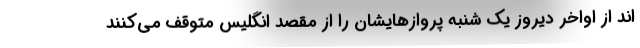
اند از اواخر دیروز یک شنبه پروازهایشان را از مقصد انگلیس متوقف می‌کنند